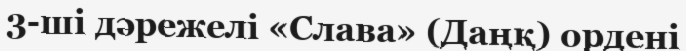
3-ші дәрежелі «Слава» (Даңқ) ордені